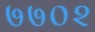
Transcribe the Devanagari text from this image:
७७०२